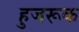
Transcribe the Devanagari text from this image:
हुजरूक